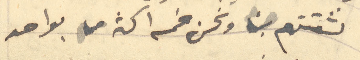
لثقتهم بنا ونحن خمسة اكثر من واحد